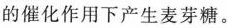
的催化作用下产生麦芽糖。